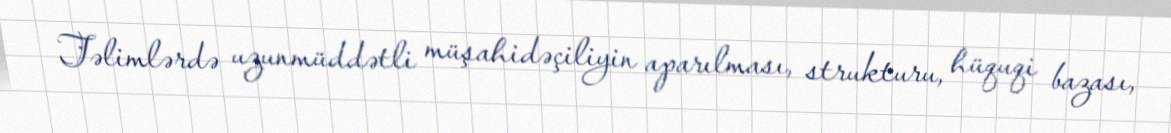
Təlimlərdə uzunmüddətli müşahidəçiliyin aparılması, strukturu, hüquqi bazası,